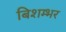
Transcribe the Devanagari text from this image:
बिशम्भर